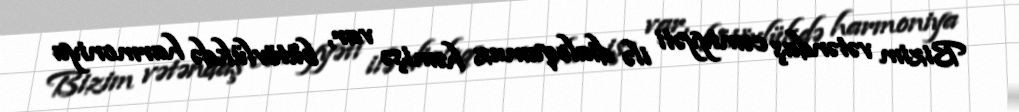
Bizim vətəndaş cəmiyyəti ilə dialoqumuz həmişə var, bütövlükdə harmoniya